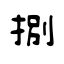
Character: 捌